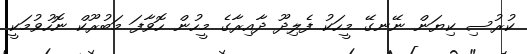
ކުރުސި ކިޔަން ނޭނގޭ މީހަކު ފެލިދޫ ދާއިރާގެ މީހުން ހޮވާފަ މަބުރޫކް ނޮހުވުމަކީ